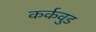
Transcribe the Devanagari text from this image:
कर्कवुड